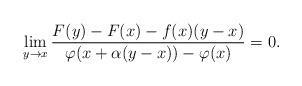
LaTeX: \begin{align*}\lim_{y \to x}{\frac{F(y)-F(x)-f(x)(y-x)}{\varphi(x+\alpha(y-x))-\varphi(x)}}=0.\end{align*}